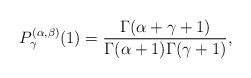
LaTeX: \begin{align*}P_\gamma^{(\alpha,\beta)}(1)=\frac{\Gamma(\alpha+\gamma+1)}{\Gamma(\alpha+1)\Gamma(\gamma+1)},\end{align*}